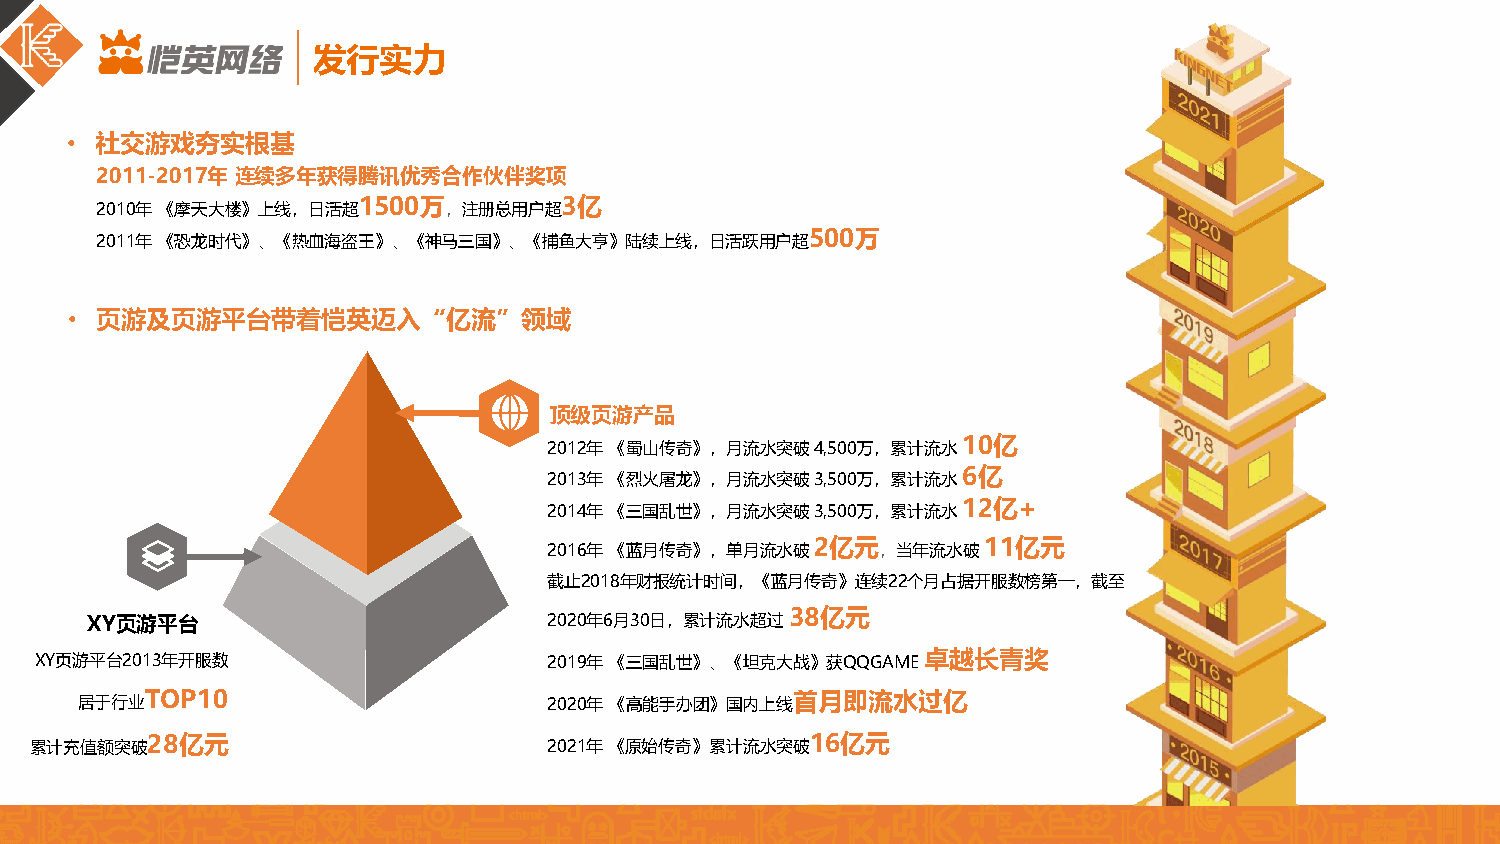
发行实力
 • 社交游戏夯实根基
 2011-2017年 连续多年获得腾讯优秀合作伙伴奖项
 2010年《摩天大楼》上线，日活超1500万，注册总用户超3亿
 2011年《恐龙时代》、《热血海盗王》、《神马三国》、《捕鱼大亨》陆续上线，日活跃用户超500万
 • 页游及页游平台带着恺英迈入“亿流”领域
 顶级页游产品
 2012年《蜀山传奇》，月流水突破4,500万，累计流水10亿
 2013年《烈火屠龙》，月流水突破3,500万，累计流水6亿
 2014年《三国乱世》，月流水突破3,500万，累计流水12亿+
 2016年《蓝月传奇》，单月流水破2亿元，当年流水破11亿元
 截止2018年财报统计时间，《蓝月传奇》连续22个月占据开服数榜第一，截至
 XY页游平台
 2020年6月30日，累计流水超过38亿元
 XY页游平台2013年开服数                    2019年《三国乱世》、《坦克大战》获QQGAME 卓越长青奖
 居于行业TOP10                      2020年《高能手办团》国内上线首月即流水过亿
 累计充值额突破28亿元                       2021年《原始传奇》累计流水突破16亿元